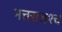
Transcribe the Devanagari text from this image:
मत्तराजश्च